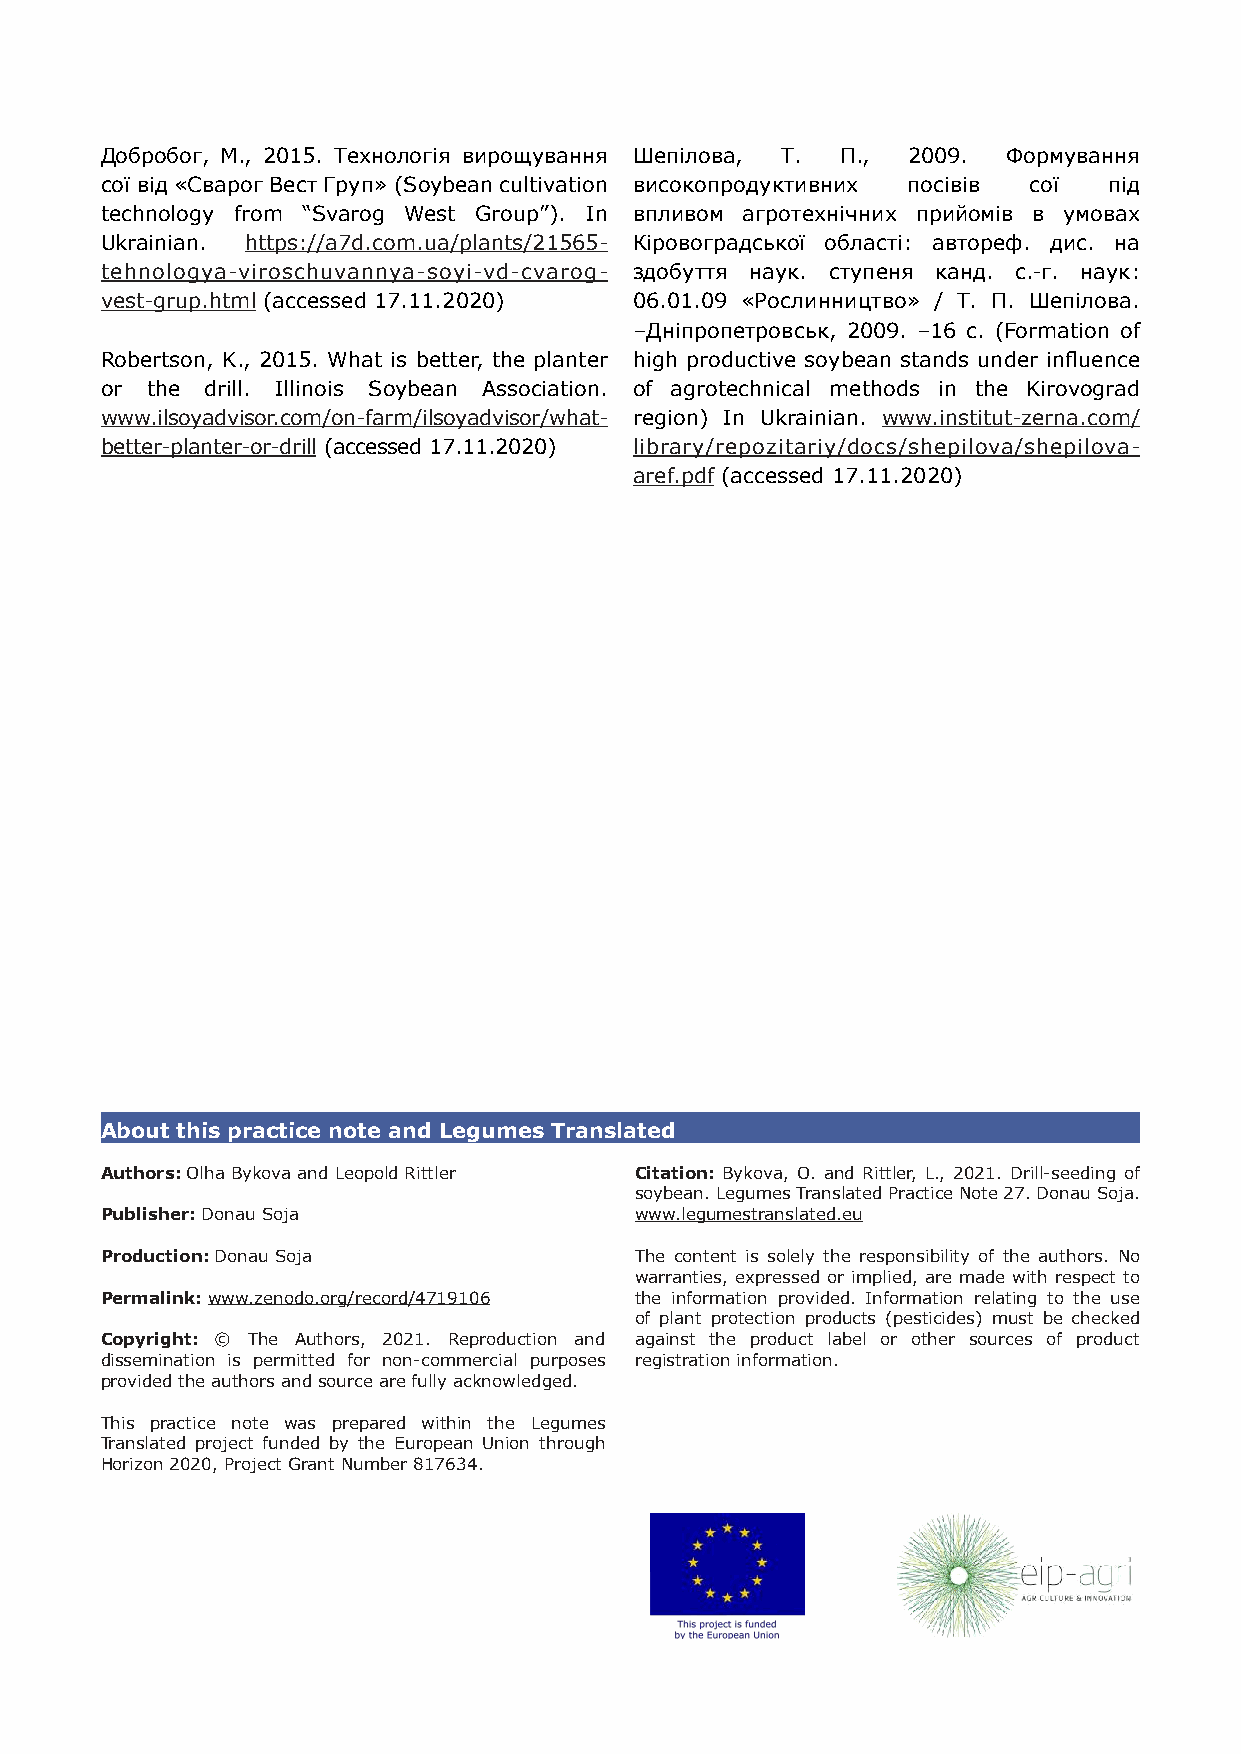
Добробог, M., 2015. Технологія вирощування Шепілова, Т. П., 2009. Формування
 сої від «Cварог Вест Груп» (Soybean cultivation високопродуктивних посівів сої під
 technology from “Svarog West Group”). In впливом агротехнічних прийомів в умовах
 Ukrainian. https://a7d.com.ua/plants/21565- Кіровоградської області: автореф. дис. на
 tehnologya-viroschuvannya-soyi-vd-cvarog- здобуття наук. ступеня канд. с.-г. наук:
 vest-grup.html (accessed 17.11.2020) 06.01.09 «Рослинництво» / Т. П. Шепілова.
 –Дніпропетровськ, 2009. –16 с. (Formation of
 Robertson, K., 2015. What is better, the planter high productive soybean stands under influence
 or the drill. Illinois Soybean Association. of agrotechnical methods in the Kirovograd
 www.ilsoyadvisor.com/on-farm/ilsoyadvisor/what- region) In Ukrainian. www.institut-zerna.com/
 better-planter-or-drill (accessed 17.11.2020) library/repozitariy/docs/shepilova/shepilova-
 aref.pdf (accessed 17.11.2020)
 About this practice note and Legumes Translated
 Authors: Olha Bykova and Leopold Rittler Citation: Bykova, O. and Rittler, L., 2021. Drill-seeding of
 soybean. Legumes Translated Practice Note 27. Donau Soja.
 Publisher: Donau Soja              www.legumestranslated.eu
 Production: Donau Soja             The content is solely the responsibility of the authors. No
 warranties, expressed or implied, are made with respect to
 Permalink: www.zenodo.org/record/4719106 the information provided. Information relating to the use
 of plant protection products (pesticides) must be checked
 Copyright: © The Authors, 2021. Reproduction and against the product label or other sources of product
 dissemination is permitted for non-commercial purposes registration information.
 provided the authors and source are fully acknowledged.
 This practice note was prepared within the Legumes
 Translated project funded by the European Union through
 Horizon 2020, Project Grant Number 817634.